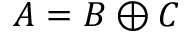
A = B \oplus C